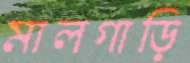
মালগাড়ি